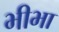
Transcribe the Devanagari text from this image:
भीभा